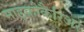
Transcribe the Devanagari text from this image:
माइक्रोकैरिअर